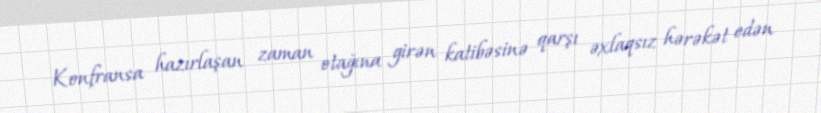
Konfransa hazırlaşan zaman otağına girən katibəsinə qarşı əxlaqsız hərəkət edən